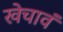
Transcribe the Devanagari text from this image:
खेचावं